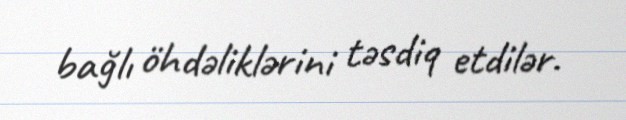
bağlı öhdəliklərini təsdiq etdilər.